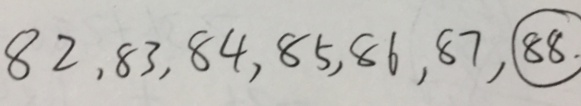
8 2 , 8 3 , 8 4 , 8 5 , 8 6 , 8 7 , \textcircled { 8 8 } .